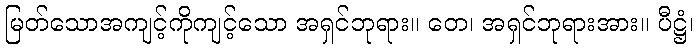
မြတ်သောအကျင့်ကိုကျင့်သော အရှင်ဘုရား။ တေ၊ အရှင်ဘုရားအား။ ပီဋ္ဌံ၊